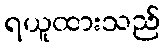
ရယူထားသည်